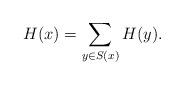
LaTeX: \begin{align*}H(x)=\sum_{y\in S(x)} H(y).\end{align*}